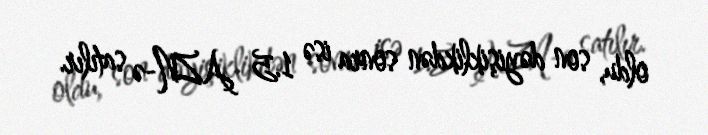
oldu, son dəyişiklikdən sonra isə 1.5 AZN-ə satılır.